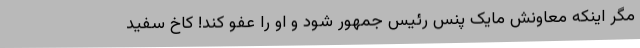
مگر اینکه معاونش مایک پنس رئیس جمهور شود و او را عفو کند! کاخ سفید